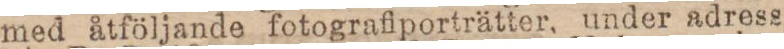
med åtföljande fotografiporträtter, under adress